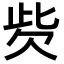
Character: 𣢙